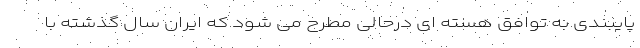
پایبندی به توافق هسته ای درحالی مطرح می شود که ایران سال گذشته با